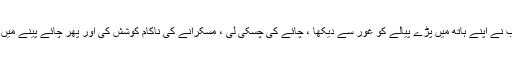
خان صاحب نے اپنے ہاتھ میں پڑے پیالے کو غور سے دیکھا ، چائے کی چسکی لی ، مسکرانے کی ناکام کوشش کی اور پھر چائے پینے میں لگ گئے ۔